On the morphology, teratology, and diclinism of the flowers of cannabis - Number 12
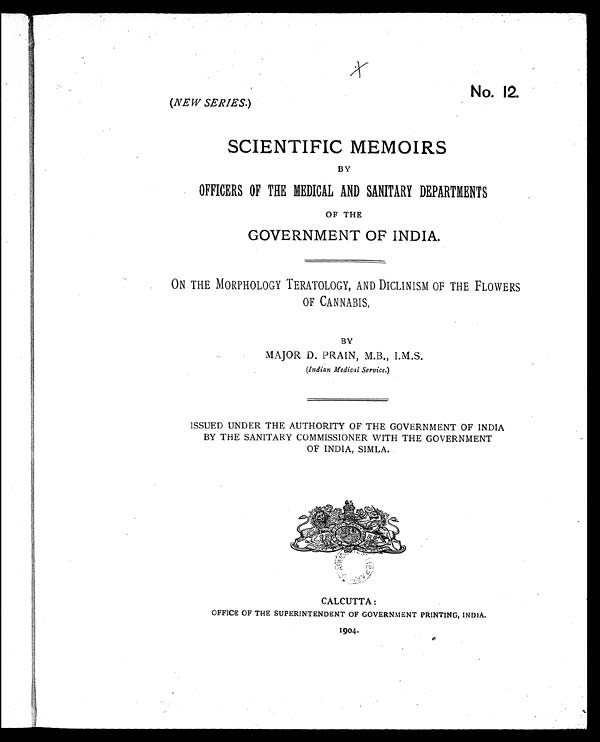
No. 12.
(NEW SERIES. )
SCIENTIFIC MEMOIRS
BY
OFFICERS OF THE MEDICAL AND SANITARY DEPARTMENTS
OF THE
GOVERNMENT OF INDIA.
ON THE MORPHOLOGY TERATOLOGY, AND DICLINISM OF THE FLOWERS
OF CANNABIS.
BY
MAJOR D. PRAIN, M.B., I.M.S.
(Indian Medical Service.)
ISSUED UNDER THE AUTHORITY OF THE GOVERNMENT OF INDIA
BY THE SANITARY COMMISSIONER WITH THE GOVERNMENT
OF INDIA, SIMLA.
CALCUTTA :
OFFICE OF THE SUPERINTENDENT OF GOVERNMENT PRINTING, INDIA.
1904.